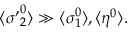
\langle { \sigma ^ { \prime } } _ { 2 } ^ { 0 } \rangle \gg \langle \sigma _ { 1 } ^ { 0 } \rangle , \langle \eta ^ { 0 } \rangle .